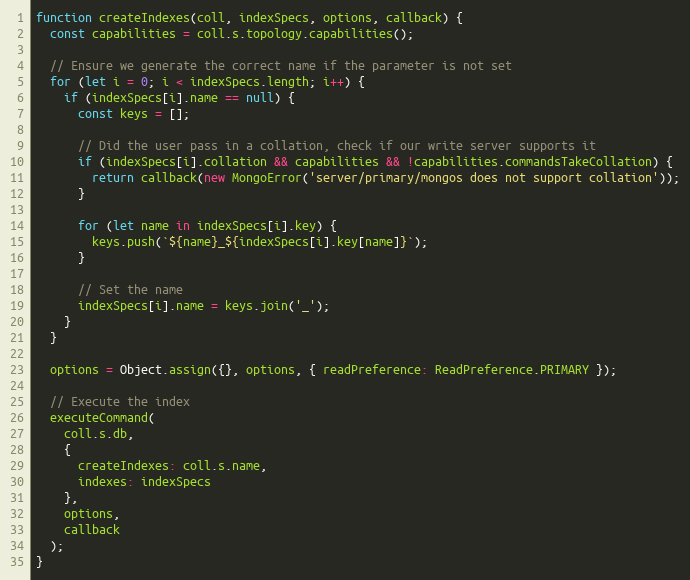
Language: JavaScript
function createIndexes(coll, indexSpecs, options, callback) {
  const capabilities = coll.s.topology.capabilities();

  // Ensure we generate the correct name if the parameter is not set
  for (let i = 0; i < indexSpecs.length; i++) {
    if (indexSpecs[i].name == null) {
      const keys = [];

      // Did the user pass in a collation, check if our write server supports it
      if (indexSpecs[i].collation && capabilities && !capabilities.commandsTakeCollation) {
        return callback(new MongoError('server/primary/mongos does not support collation'));
      }

      for (let name in indexSpecs[i].key) {
        keys.push(`${name}_${indexSpecs[i].key[name]}`);
      }

      // Set the name
      indexSpecs[i].name = keys.join('_');
    }
  }

  options = Object.assign({}, options, { readPreference: ReadPreference.PRIMARY });

  // Execute the index
  executeCommand(
    coll.s.db,
    {
      createIndexes: coll.s.name,
      indexes: indexSpecs
    },
    options,
    callback
  );
}